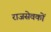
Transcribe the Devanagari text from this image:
राजसेवकों